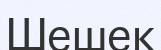
Шешек